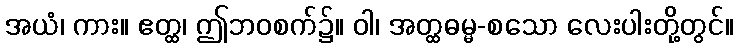
အယံ၊ ကား။ ဧတ္ထ၊ ဤဘဝစက်၌။ ဝါ၊ အတ္ထဓမ္မ-စသော လေးပါးတို့တွင်။